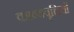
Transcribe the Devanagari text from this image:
काव्यवृत्तियों